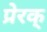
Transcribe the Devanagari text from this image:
प्रेरक्